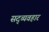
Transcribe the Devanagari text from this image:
सद्‍व्यवहार